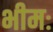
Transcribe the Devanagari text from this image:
भीमः